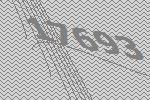
17693